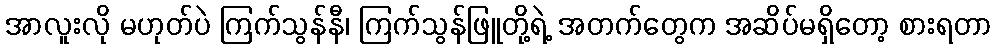
အာလူးလို မဟုတ်ပဲ ကြက်သွန်နီ၊ ကြက်သွန်ဖြူတို့ရဲ့ အတက်တွေက အဆိပ်မရှိတော့ စားရတာ